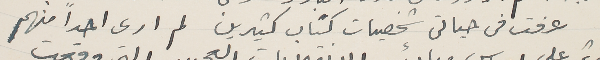
عرفت فى حياتى شخصيات كتاب كثيرين لم ارى احداً منهم